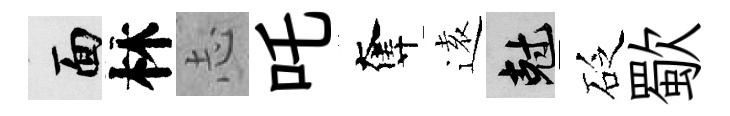
面林𢖽吒奪逺剋砭歜